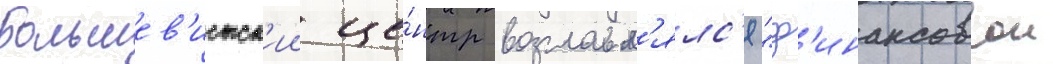
Большев'истск'ии це́нтр возглавл'ялс'я "ф'инансовои